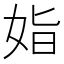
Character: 𡜖